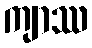
ကျာဿ